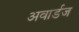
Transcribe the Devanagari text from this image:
अवार्डज